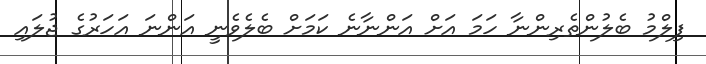
ފިލްމު ބެލުންތެރިންނާ ހަމަ އަށް އަންނާނެ ކަމަށް ބެލެވެނީ އަންނަ އަހަރުގެ ޖުލައި